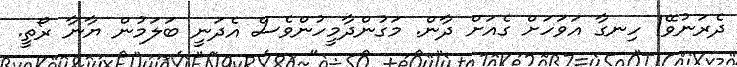
ދެރަނުވޭ! ހިނގާ އަވަހަށް ގެއަށް ދާން. މަގުންދާމީހުންވެސް އެދަނީ ބަލަމުން ޔާނާ ރޯތީ.